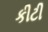
કીટી